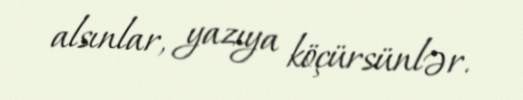
alsınlar, yazıya köçürsünlər.